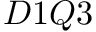
D 1 Q 3